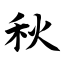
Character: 秋